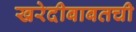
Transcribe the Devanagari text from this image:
खरेदीबाबतची